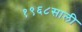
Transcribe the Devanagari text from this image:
१९६८साली